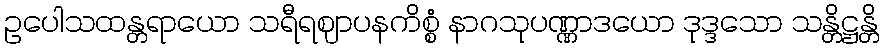
ဥပေါသထန္တရာယော သရီရဈာပနကိစ္စံ နာဂသုပဏ္ဏာဒယော ဒုဒ္ဒသော သန္တိဋ္ဌန္တိ